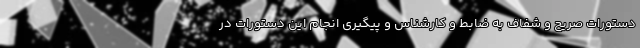
دستورات صریح و شفاف به ضابط و کارشناس و پیگیری انجام این دستورات در